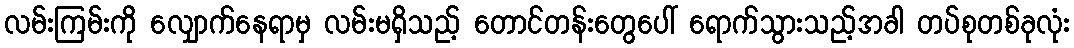
လမ်းကြမ်းကို လျှောက်နေရာမှ လမ်းမရှိသည့် တောင်တန်းတွေပေါ် ရောက်သွားသည့်အခါ တပ်စုတစ်ခုလုံး